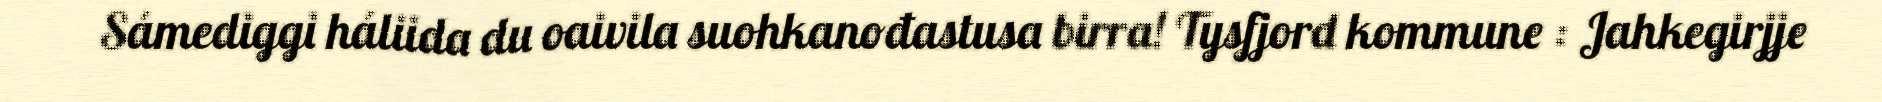
Sámediggi háliida du oaivila suohkanođastusa birra! Tysfjord kommune : Jahkegirjje